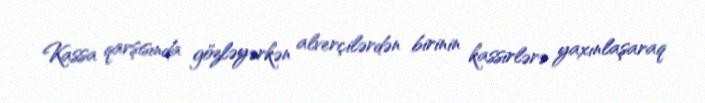
Kassa qarşısında gözləyərkən alverçilərdən birinin kassirlərə yaxınlaşaraq